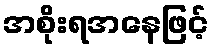
အစိုးရအနေဖြင့်